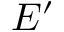
E ^ { \prime }